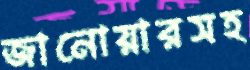
জানোয়ারসহ